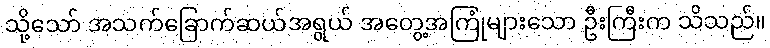
သို့သော် အသက်ခြောက်ဆယ်အရွယ် အတွေ့အကြုံများသော ဦးကြီးက သိသည်။